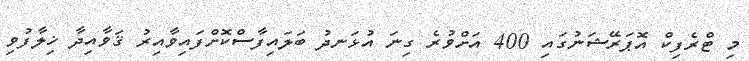
މި ޓްރެފިކް އޮޕަރޭޝަނުގައި 400 އަށްވުރެ ގިނަ އުޅަނދު ބަލައިފާސްކޮށްފައިވާއިރު ޤަވާއިދާ ޚިލާފުވި